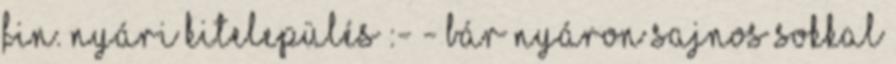
fin. Nyári kitelepülés :- - Bár nyáron sajnos sokkal